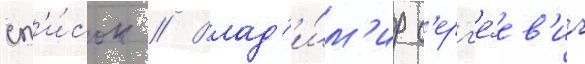
сп'и́сок // Влад'и́м'ир с'ерг'е́ев'ич